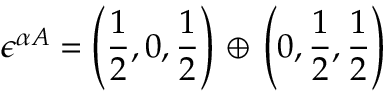
\epsilon ^ { \alpha A } = \left( \frac { 1 } { 2 } , 0 , \frac { 1 } { 2 } \right) \, \oplus \, \left( 0 , \frac { 1 } { 2 } , \frac { 1 } { 2 } \right) \,